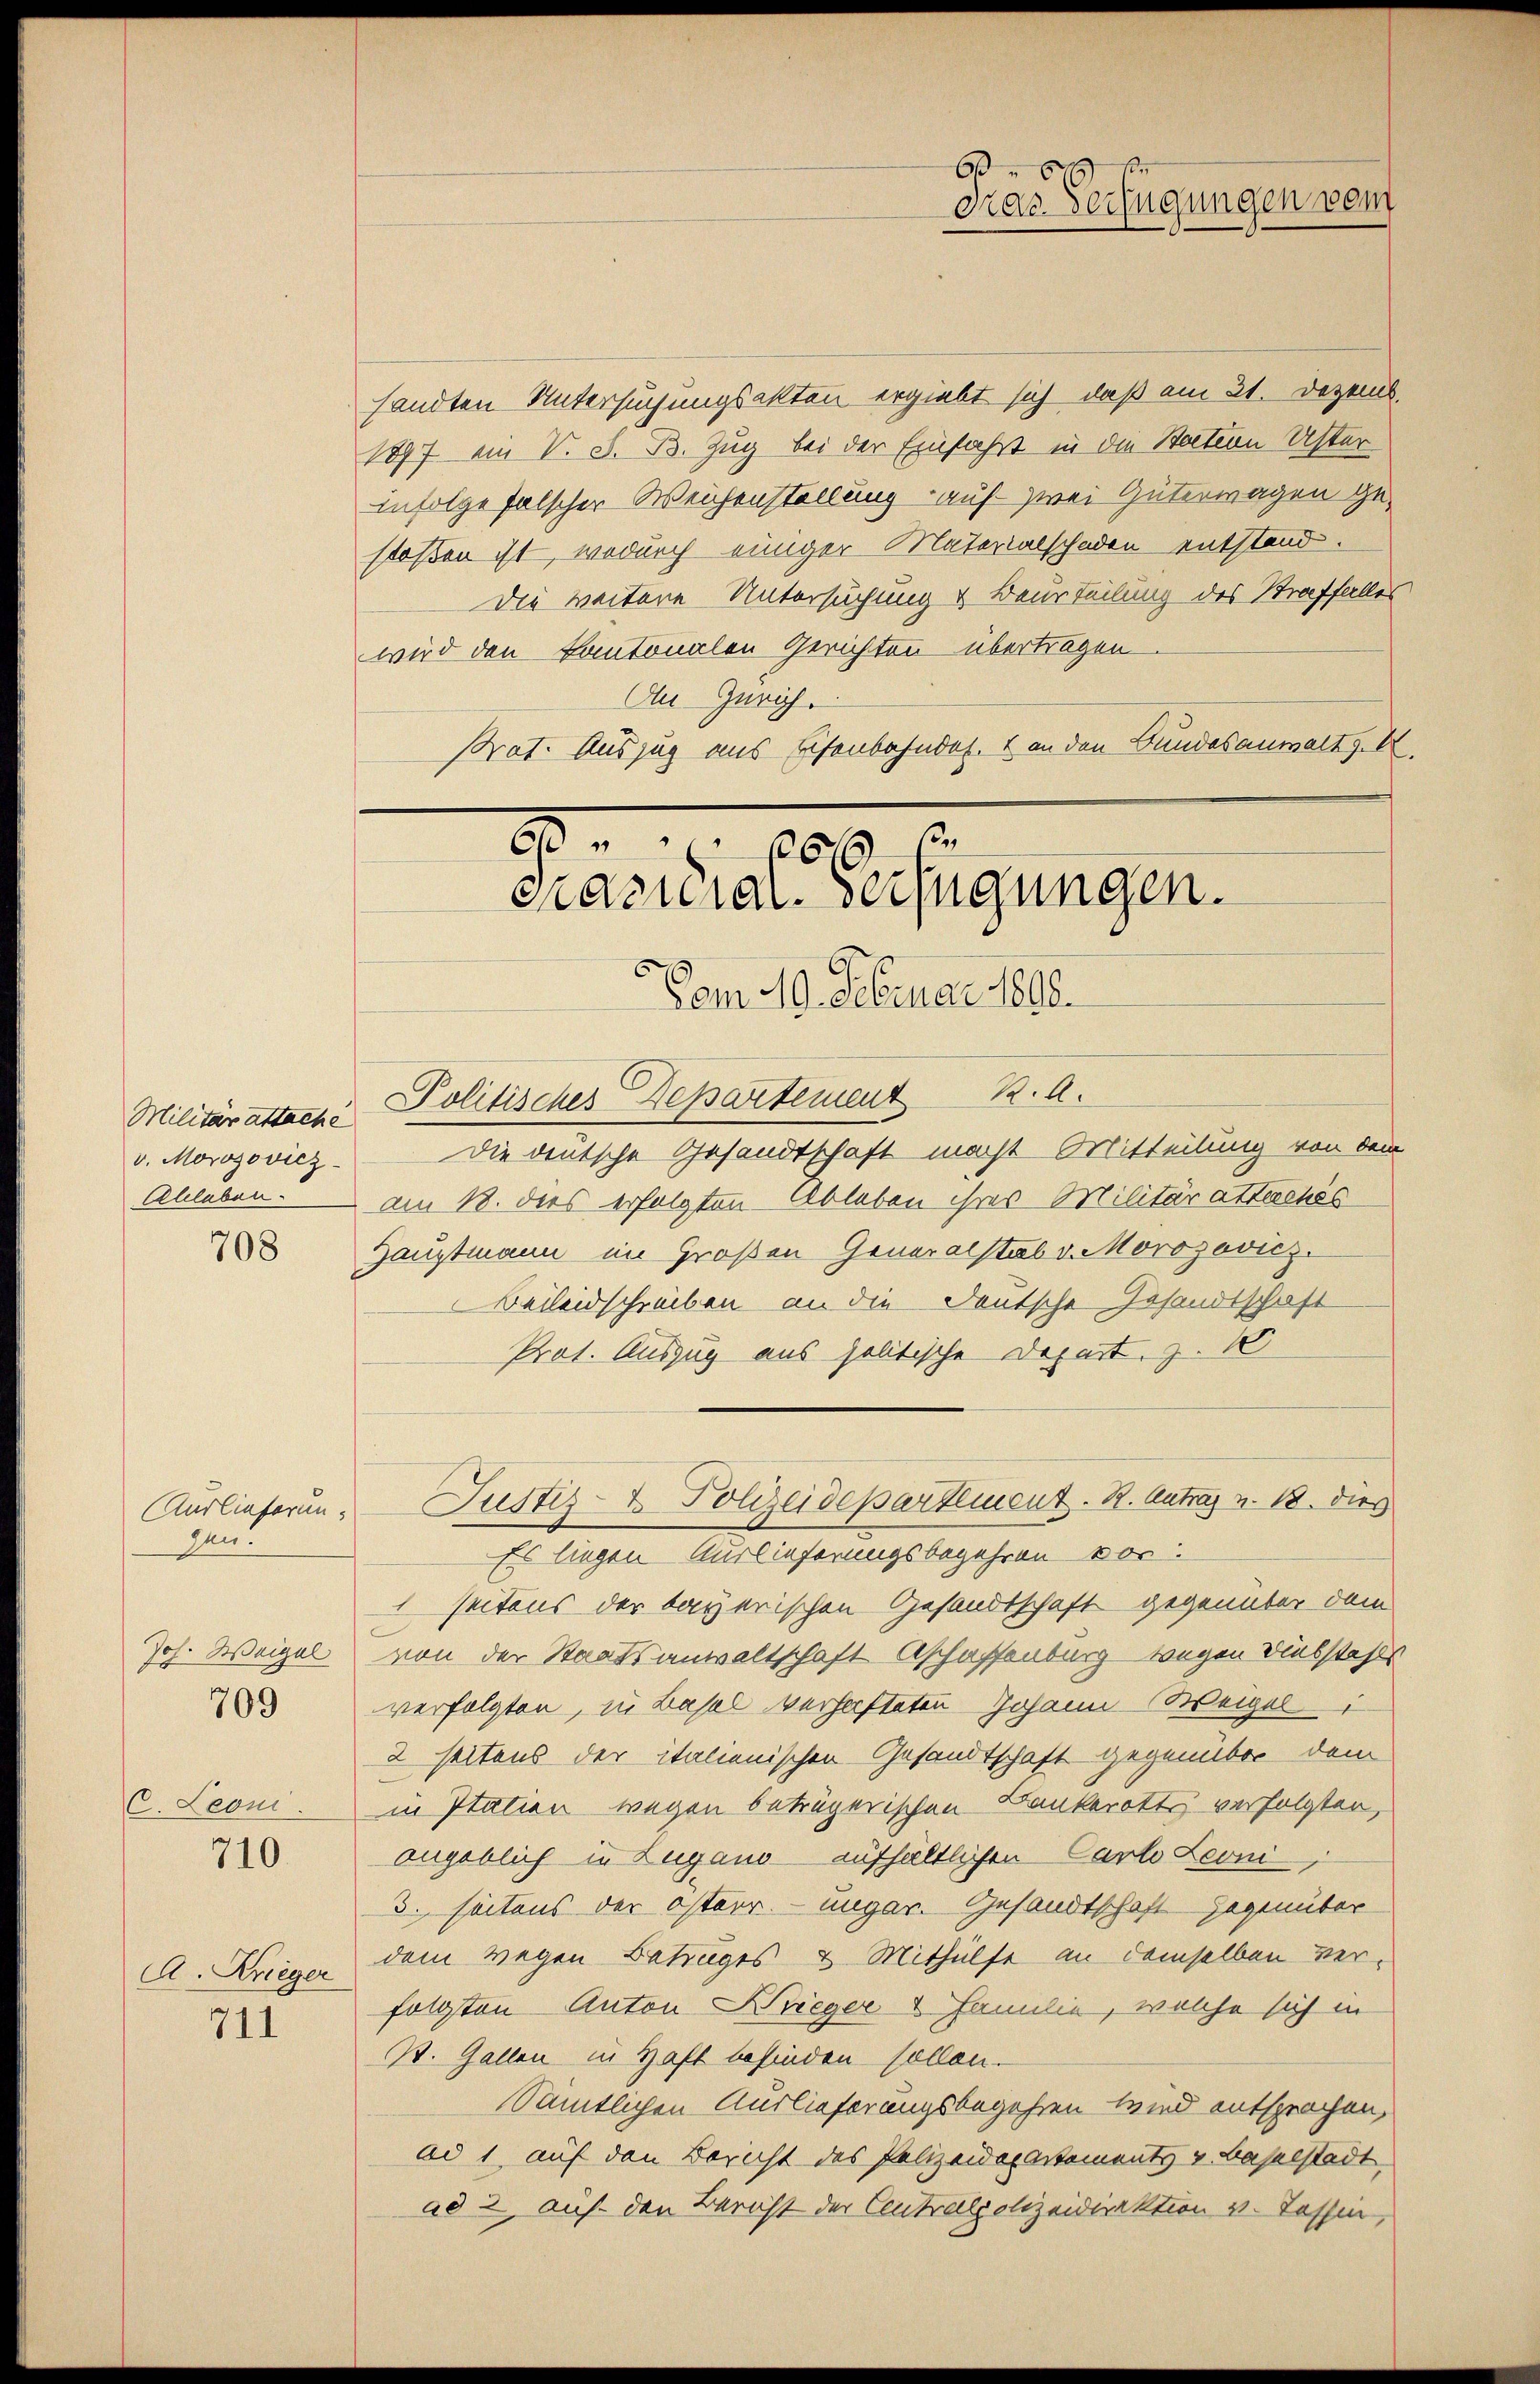
Militär attache
v. Morozovicz

708

Auslieferungen.

Joh. Weigel

709

C. Leoni.

710.

711

A. Krieger

sandten Untersuchungsakten ergiebt sich, daß am 21. Dezemb.
1897 ein V. S. B. Zug bei der Einfahrt in die Station Uster
infolge falscher Weichenstellung - auf zwei Güterwagen gestoßen ist, wodurch einiger Materialschaden entstand.
Die weitere Untersuchung & Beurteilung des Straffalles
wird den Kantonalen Gerichten übertragen
An Zürich.
Prat. Auszug aus Eisenbahndet. I an den Bundesanwalt z. B.
2
n

6
Gras Verfügungen vom

1610
crasiliar-Verfügungen.

Vom 10. Februar 1890.
Politisches Departement K. A.
die deutsche Gesandtschaft macht Mitteilung von dem
Ableben. Am 18. dies erfolgten Ableben ihres Militärattachés
Hauptmann im Großen Generalstab v. Morozovicz
Beileidschreiben an die Deutsche Gesandtschaft
Prot. Auszug aus politische Depart. Z. 1
Es liegen Auslieferungsbegehren vor:
1 seitens der bayerischen Gesandtschaft gegenüber dem
von der Staatsanwaltschaft Aschassenburg wegen Diebstahls
verfolgten, in Basel verhafteten Johann Weigel
2 seitens der italienischen Gesandtschaft gegenüber dem
in Itatien wegen beträgerischen Bankerotts verfolgten,
angeblich in Lugano aufhältlichen Carlo Leoni
3. seitens der österr. ungar. Gesandtschaft Gegenüber
dem wegen Betruges & Mithülfe an demselben verfolgten Anton Krieger u Familie, welche sich in
St. Gallen in Haft befinden sollen.
Sämtlichen Auslieferungsbegehren wird entsprochen,
ad 1., auf den Bericht des Polizeidepartements & Baselstadt
ad 2, auf den Bericht der Centralpolizeidirektion v. Tassen,

Justiz- & Polizeidepartement. 2. Antrag v. 18. dies